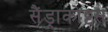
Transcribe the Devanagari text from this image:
सैंड्राकोट्टस